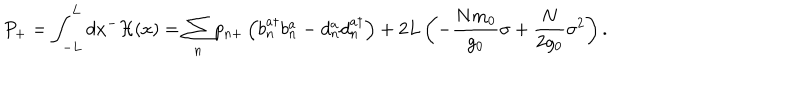
P _ { + } = \int _ { - L } ^ { L } d x ^ { - } { \cal H } ( x ) = \sum _ { n } p _ { n + } \left( b _ { n } ^ { a \dagger } b _ { n } ^ { a } - d _ { n } ^ { a } d _ { n } ^ { a \dagger } \right) + 2 L \left( - { \frac { N m _ { 0 } } { g _ { 0 } } } \sigma + { \frac { N } { 2 g _ { 0 } } } \sigma ^ { 2 } \right) .